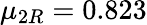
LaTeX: \mu_{2R}=0.823